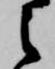
之